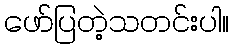
ဖော်ပြတဲ့သတင်းပါ။